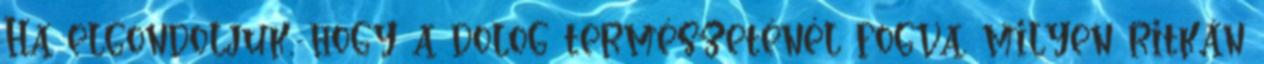
Ha elgondoljuk, hogy a dolog természeténél fogva, milyen ritkán